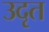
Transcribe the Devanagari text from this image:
उदृत